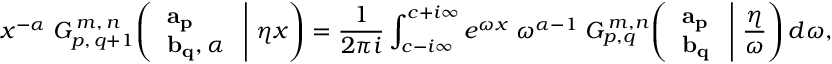
x ^ { - \alpha } \; G _ { p , \, q + 1 } ^ { \, m , \, n } \! \left( \left. { \begin{array} { l } { \mathbf { a _ { p } } } \\ { \mathbf { b _ { q } } , \alpha } \end{array} } \; \right| \, \eta x \right) = { \frac { 1 } { 2 \pi i } } \int _ { c - i \infty } ^ { c + i \infty } e ^ { \omega x } \; \omega ^ { \alpha - 1 } \; G _ { p , q } ^ { \, m , n } \! \left( \left. { \begin{array} { l } { \mathbf { a _ { p } } } \\ { \mathbf { b _ { q } } } \end{array} } \; \right| \, { \frac { \eta } { \omega } } \right) d \omega ,